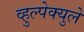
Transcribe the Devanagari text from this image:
व्हुल्पेक्युले